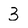
Character: 3